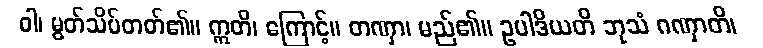
ဝါ၊ မွတ်သိပ်တတ်၏။ ဣတိ၊ ကြောင့်။ တဏှာ၊ မည်၏။ ဥပါဒိယတိ ဘုသံ ဂဏှာတိ၊